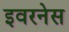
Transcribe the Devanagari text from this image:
इवरनेस